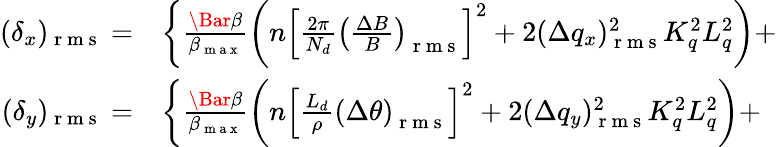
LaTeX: \begin{array}{rl}{(\delta_{x})_{\mathrm{~r~m~s~}}=}&{{}\biggl\{ \frac{\Bar{\beta}}{\beta_{\mathrm{~m~a~x~}}}\left(n\left[\frac{2\pi}{N_{d}}\left(\frac{\Delta B}{B}\right)_{\mathrm{~r~m~s~}}\right]^{2}+2(\Delta q_{x})_{\mathrm{~r~m~s~}}^{2}K_{q}^{2}L_{q}^{2}\right)+}\\ {(\delta_{y})_{\mathrm{~r~m~s~}}=}&{{}\biggl\{ \frac{\Bar{\beta}}{\beta_{\mathrm{~m~a~x~}}}\left(n\left[\frac{L_{d}}{\rho}\left(\Delta\theta\right)_{\mathrm{~r~m~s~}}\right]^{2}+2(\Delta q_{y})_{\mathrm{~r~m~s~}}^{2}K_{q}^{2}L_{q}^{2}\right)+}\end{array}